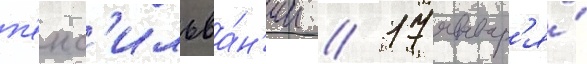
п'енс'ильва́н'ии // 17 январ'я́